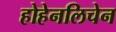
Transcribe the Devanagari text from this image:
होहेनलिचेन